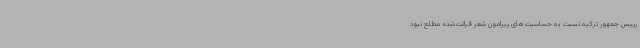
رییس جمهور ترکیه نسبت به حساسیت‌های پیرامون شعر قرائت‌شده مطلع نبود